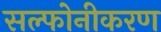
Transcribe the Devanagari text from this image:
सल्फोनीकरण